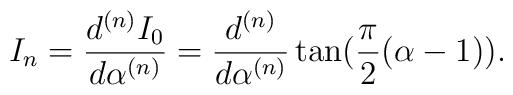
I_{n}=\frac{d^{(n)}I_{0}}{d\alpha^{(n)}}=\frac{d^{(n)}}{d\alpha^{(n)}}\tan (\frac{\pi}{2}(\alpha -1)).